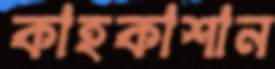
কাহকাশান